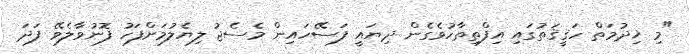
"މި ޚިދުމަތް ހަޤީޤަތުގައި އިފްތިތާހުވެގެން ދިޔައީ ފަސޭހައިން މެސެޖު ލިޔެލުމަށްފަހު ފޮނުވާލެވޭ ފަދަ